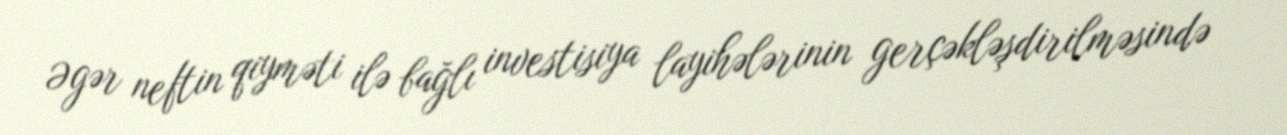
Əgər neftin qiyməti ilə bağlı investisiya layihələrinin gerçəkləşdirilməsində